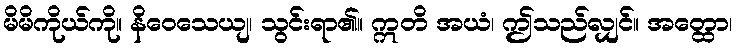
မိမိကိုယ်ကို။ နိဝေသေယျ၊ သွင်းရာ၏။ ဣတိ အယံ၊ ဤသည်လျှင်။ အတ္ထော၊